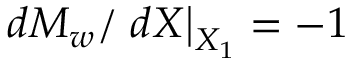
d M _ { w } / \left. d X \right| _ { X _ { 1 } } = - 1